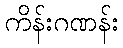
ကိန်းဂဏန်း